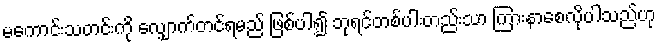
မကောင်းသတင်းကို လျှောက်တင်ရမည် ဖြစ်ပါ၍ ဘုရင်တစ်ပါးတည်းသာ ကြားနာစေလိုပါသည်ဟု